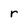
Character: r